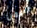
الزمن